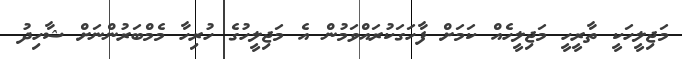
މަޖިލީހަކީ ތާރީހީ މަޖިލީހެއް ކަމަށް ފާހަގަކުރައްވަމުން އެ މަޖިލީހުގެ ހުރިހާ މެމްބަރުންނަށް ޝާހިދު